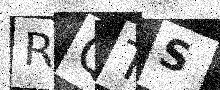
Text: RQTS